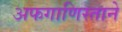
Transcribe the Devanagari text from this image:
अफगाणिस्ताने